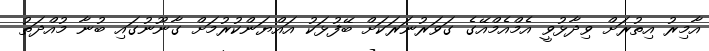
އާމިރު އިތުރަށް ވިދާޅުވީ އެމްއެމްއޭގެ ގަވަރުނަރަކަށް ބޭފުޅަކު އައްޔަންކުރުމަށް ގާނޫނުގައި ބުނާ މުއްދަތު